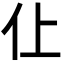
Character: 仩